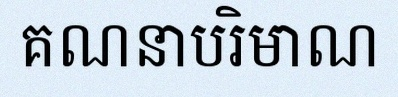
គណនាបរិមាណ